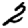
Digit: 2